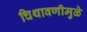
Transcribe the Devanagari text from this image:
चिथावणीमुळे